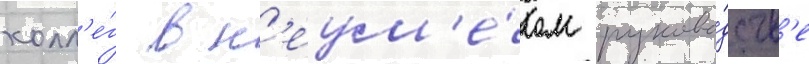
колл'е́г в н'еум'е́лом руково́дств'е